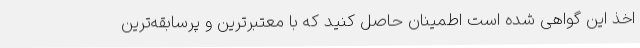
اخذ این گواهی شده است اطمینان حاصل کنید که با معتبرترین و پرسابقه‌ترین